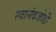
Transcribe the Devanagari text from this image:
स्वानंदजोडी